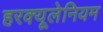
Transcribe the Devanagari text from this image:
हरक्यूलेनियम